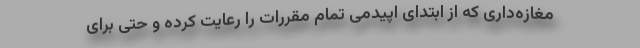
مغازه‌داری که از ابتدای اپیدمی تمام مقررات را رعایت کرده و حتی برای